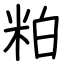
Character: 粕